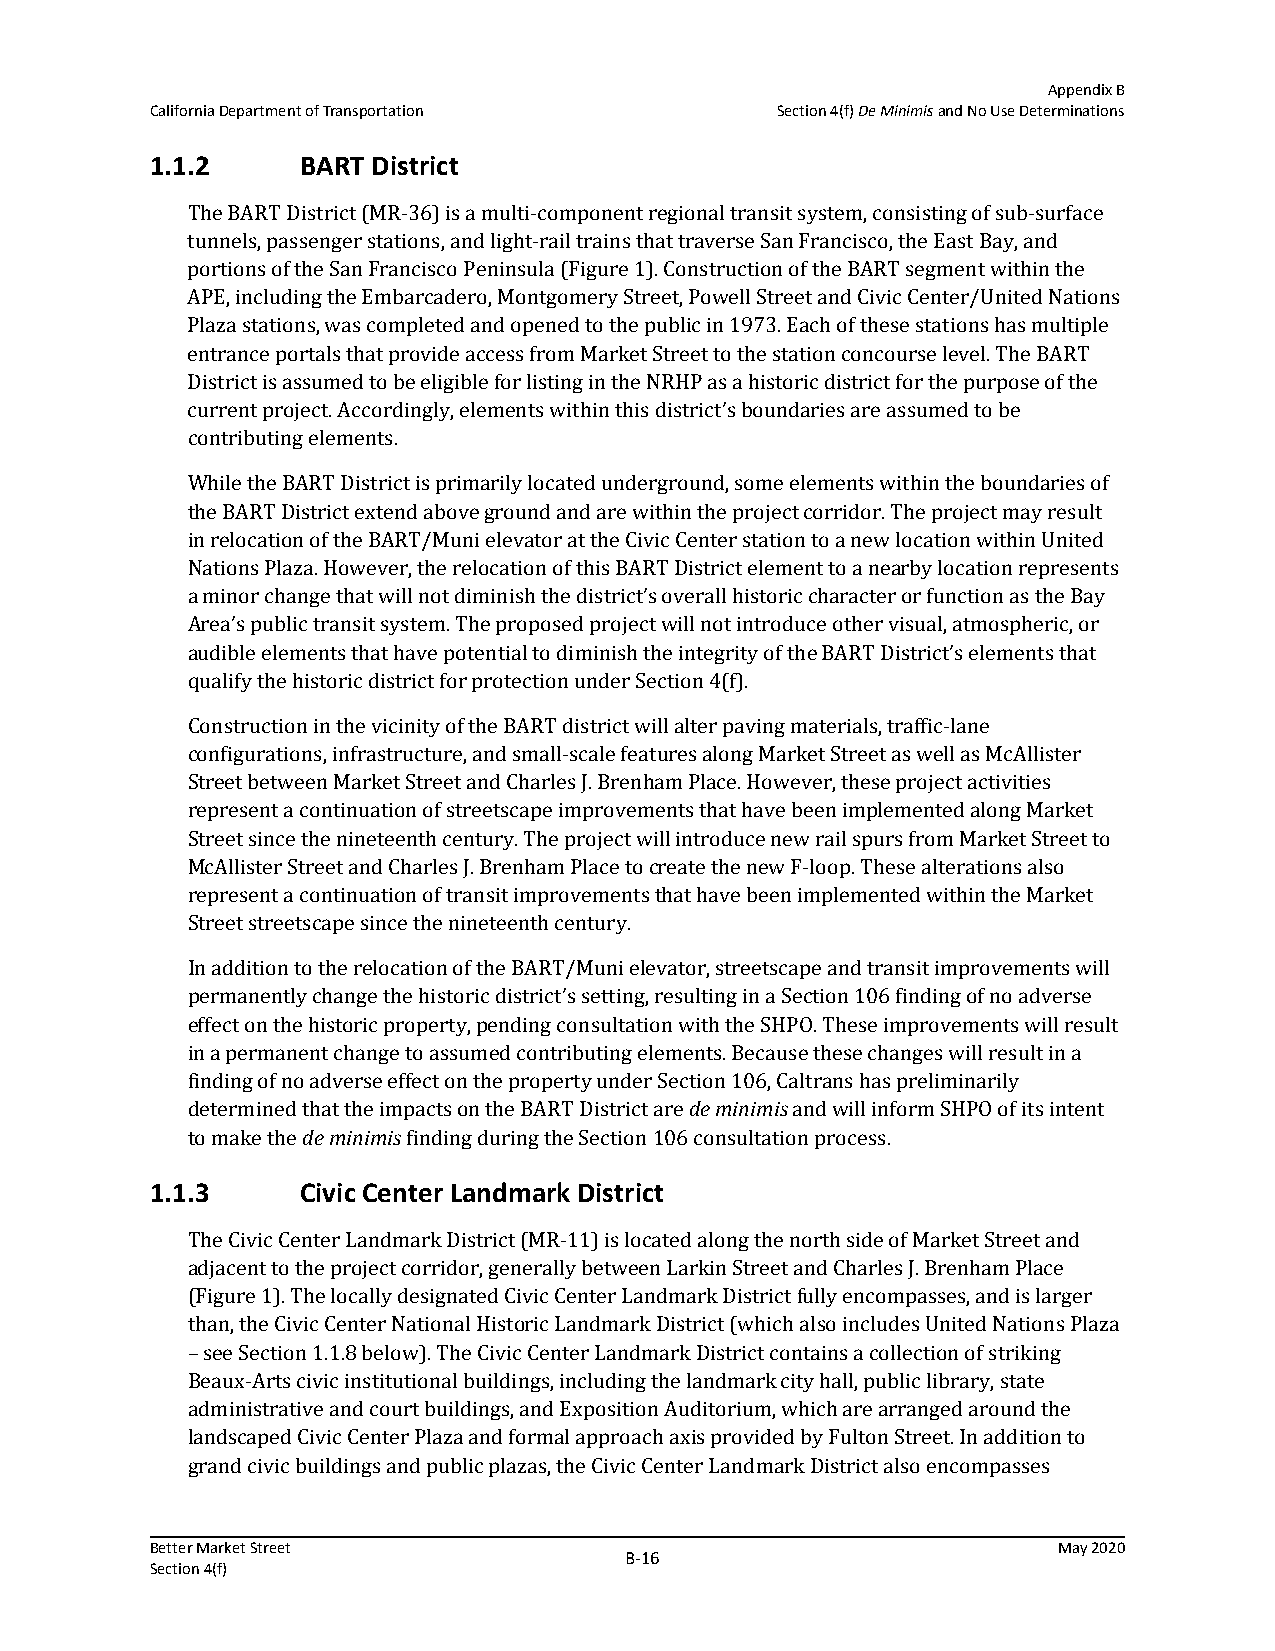
Appendix B
 California Department of Transportation  Section 4(f) De Minimis and No Use Determinations
 1.1.2     BART District
 The BART District (MR-36) is a multi-component regional transit system, consisting of sub-surface
 tunnels, passenger stations, and light-rail trains that traverse San Francisco, the East Bay, and
 portions of the San Francisco Peninsula (Figure 1). Construction of the BART segment within the
 APE, including the Embarcadero, Montgomery Street, Powell Street and Civic Center/United Nations
 Plaza stations, was completed and opened to the public in 1973. Each of these stations has multiple
 entrance portals that provide access from Market Street to the station concourse level. The BART
 District is assumed to be eligible for listing in the NRHP as a historic district for the purpose of the
 current project. Accordingly, elements within this district’s boundaries are assumed to be
 contributing elements.
 While the BART District is primarily located underground, some elements within the boundaries of
 the BART District extend above ground and are within the project corridor. The project may result
 in relocation of the BART/Muni elevator at the Civic Center station to a new location within United
 Nations Plaza. However, the relocation of this BART District element to a nearby location represents
 a minor change that will not diminish the district’s overall historic character or function as the Bay
 Area’s public transit system. The proposed project will not introduce other visual, atmospheric, or
 audible elements that have potential to diminish the integrity of the BART District’s elements that
 qualify the historic district for protection under Section 4(f).
 Construction in the vicinity of the BART district will alter paving materials, traffic-lane
 configurations, infrastructure, and small-scale features along Market Street as well as McAllister
 Street between Market Street and Charles J. Brenham Place. However, these project activities
 represent a continuation of streetscape improvements that have been implemented along Market
 Street since the nineteenth century. The project will introduce new rail spurs from Market Street to
 McAllister Street and Charles J. Brenham Place to create the new F-loop. These alterations also
 represent a continuation of transit improvements that have been implemented within the Market
 Street streetscape since the nineteenth century.
 In addition to the relocation of the BART/Muni elevator, streetscape and transit improvements will
 permanently change the historic district’s setting, resulting in a Section 106 finding of no adverse
 effect on the historic property, pending consultation with the SHPO. These improvements will result
 in a permanent change to assumed contributing elements. Because these changes will result in a
 finding of no adverse effect on the property under Section 106, Caltrans has preliminarily
 determined that the impacts on the BART District are de minimis and will inform SHPO of its intent
 to make the de minimis finding during the Section 106 consultation process.
 1.1.3     Civic Center Landmark District
 The Civic Center Landmark District (MR-11) is located along the north side of Market Street and
 adjacent to the project corridor, generally between Larkin Street and Charles J. Brenham Place
 (Figure 1). The locally designated Civic Center Landmark District fully encompasses, and is larger
 than, the Civic Center National Historic Landmark District (which also includes United Nations Plaza
 – see Section 1.1.8 below). The Civic Center Landmark District contains a collection of striking
 Beaux-Arts civic institutional buildings, including the landmark city hall, public library, state
 administrative and court buildings, and Exposition Auditorium, which are arranged around the
 landscaped Civic Center Plaza and formal approach axis provided by Fulton Street. In addition to
 grand civic buildings and public plazas, the Civic Center Landmark District also encompasses
 Better Market Street                                        May 2020
 B‐16
 Section 4(f)